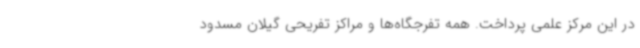
در این مرکز علمی پرداخت. همه تفرجگاه‌ها و مراکز تفریحی گیلان مسدود